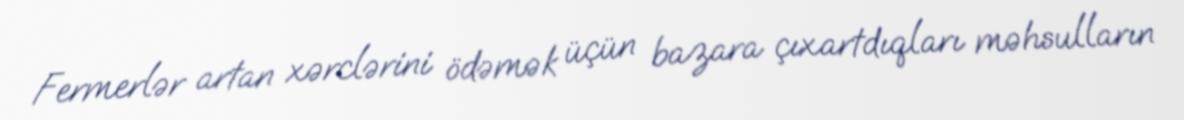
Fermerlər artan xərclərini ödəmək üçün bazara çıxartdıqları məhsulların